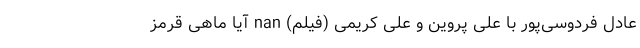
عادل فردوسی‌پور با علی پروین و علی کریمی (فیلم) nan آیا ماهی قرمز